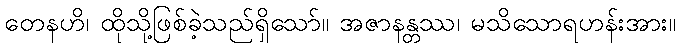
တေနဟိ၊ ထိုသို့ဖြစ်ခဲ့သည်ရှိသော်။ အဇာနန္တဿ၊ မသိသောရဟန်းအား။